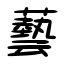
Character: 藝